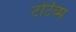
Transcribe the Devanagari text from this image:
टर्टिव्म